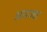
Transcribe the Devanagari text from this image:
अयज्वा